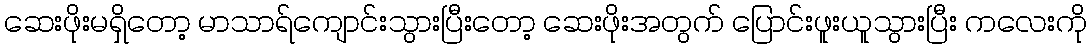
ဆေးဖိုးမရှိတော့ မာသာရ်ကျောင်းသွားပြီးတော့ ဆေးဖိုးအတွက် ပြောင်းဖူးယူသွားပြီး ကလေးကို